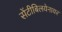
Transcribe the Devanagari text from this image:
सेंटीबिलयेनायर